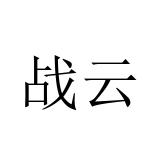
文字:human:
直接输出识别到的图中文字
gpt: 战云